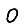
Digit: 0